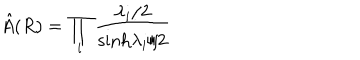
\hat { A } ( R ) = \prod _ { i } { \frac { \lambda _ { i } / 2 } { \mathrm { s i n h } \lambda _ { i } / 2 } }